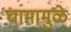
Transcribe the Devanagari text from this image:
घामामुळे